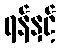
ရန်နှင့်